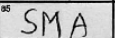
Transcription: SMA